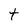
Character: t